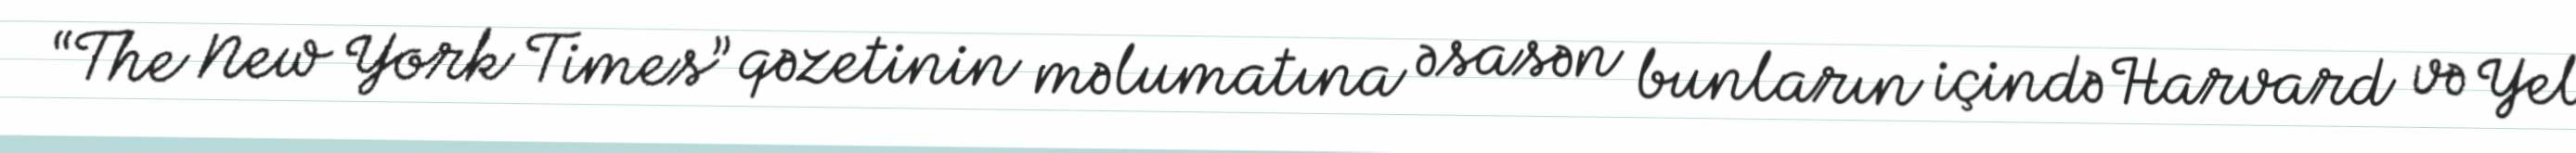
“The New York Times” qəzetinin məlumatına əsasən bunların içində Harvard və Yel